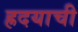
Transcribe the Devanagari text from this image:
ह्रदयाची